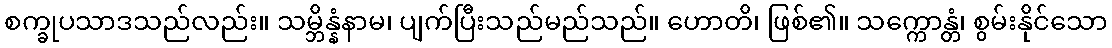
စက္ခုပသာဒသည်လည်း။ သမ္ဘိန္နံနာမ၊ ပျက်ပြီးသည်မည်သည်။ ဟောတိ၊ ဖြစ်၏။ သက္ကောန္တံ၊ စွမ်းနိုင်သော